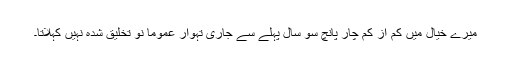
میرے خیال میں کم از کم چار پانچ سو سال پہلے سے جاری تہوار عموماً نو تخلیق شدہ نہیں کہلاتا۔